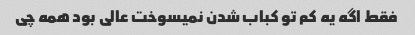
فقط اگه یه کم تو کباب شدن نمیسوخت عالی بود همه چی